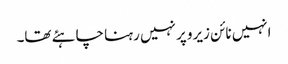
انہیں نائن زیرو پر نہیں رہنا چاہئے تھا۔